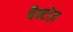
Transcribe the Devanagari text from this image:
पैन्टोज़